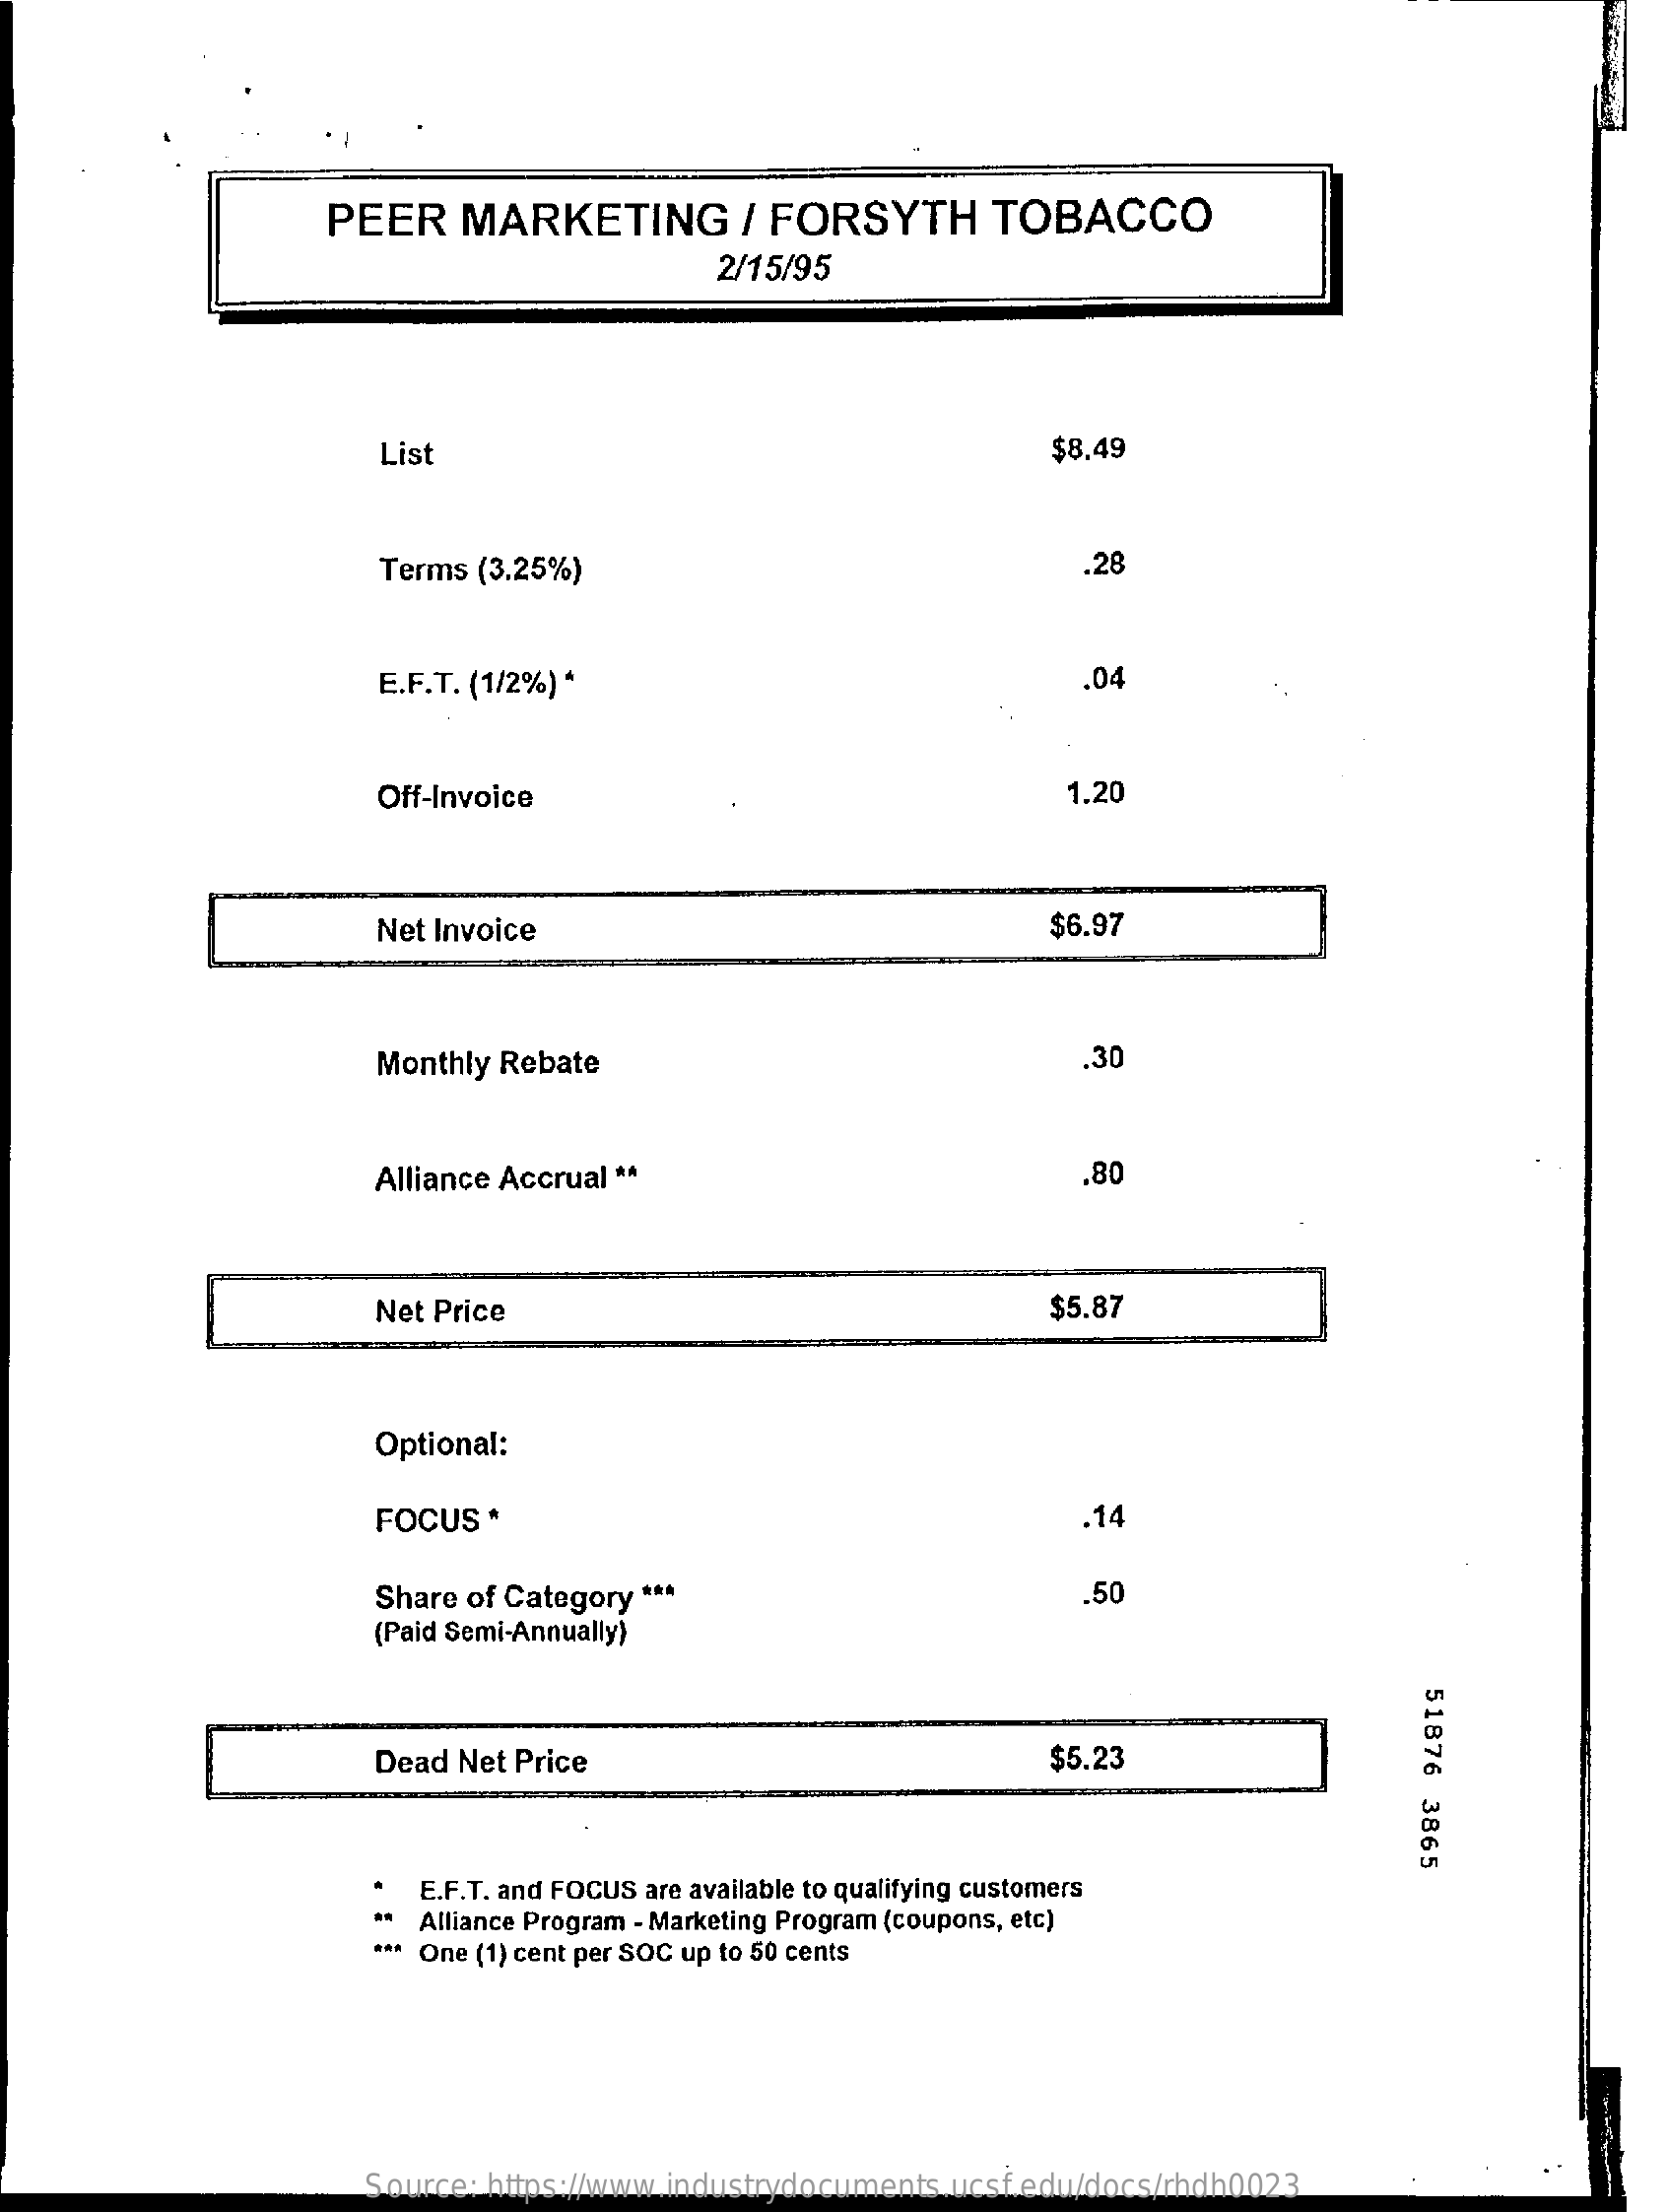
PEER    MARKETING    / FORSYTH    TOBACCO
     2/15/95
     List    $8.49
     Terms (3.25%)    .28
     E.F.T. (1/2%) *    .04
     Off-Invoice    1.20
     Net Invoice    $6.97
     Monthly Rebate    .30
     Alliance Accrual **    .80
     Net Price    $5.87
     Optional:
     FOCUS  *    .14
     Share of Category ***    .50
     (Paid Semi-Annually)
     51876
     3865
     Dead Net Price    $5.23
     E.F.T. and FOCUS are available to qualifying customers
     Alliance Program - Marketing Program (coupons, etc)
     *** One (1) cent per SOC up to 50 cents
     Source: https://www.industrydocuments.ucsf.edu/docs/rhdh0023